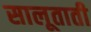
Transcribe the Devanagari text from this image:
सालूताती